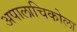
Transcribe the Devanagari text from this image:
अपालाचिकोला